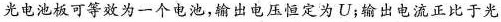
光电池板可等效为一个电池，输出电压恒定为U；输出电流正比于光